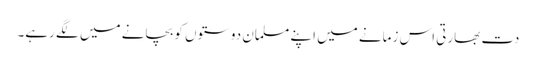
دت بھارتی اس زمانے میں اپنے مسلمان دوستوں کو بچانے میں لگے رہے۔